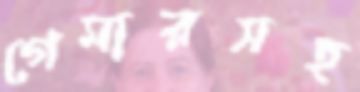
গেমারসহ